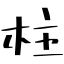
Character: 柱